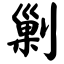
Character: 剿